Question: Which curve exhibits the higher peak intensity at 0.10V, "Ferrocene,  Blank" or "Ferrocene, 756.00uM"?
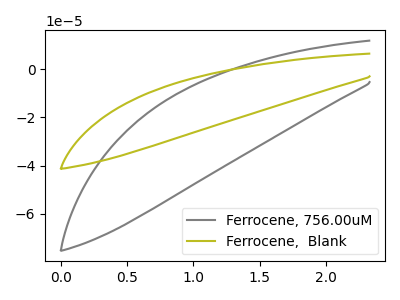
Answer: <think>The gray curve "Ferrocene, 756.00uM" has no peaks. The olive curve "Ferrocene,  Blank" has no peaks.</think>
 <answer>"Ferrocene,  Blank" and "Ferrocene, 756.00uM" dont share a peak at 0.10V.</answer>
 <eval>mismatch</eval>